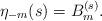
LaTeX: \begin{align*}\eta_{-m}(s)=B_m^{(s)}. \end{align*}